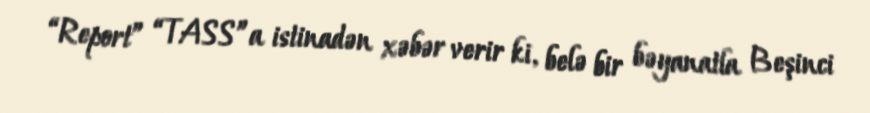
“Report” “TASS”a istinadən xəbər verir ki, belə bir bəyanatla Beşinci